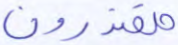
مقتدون